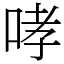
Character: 哮